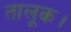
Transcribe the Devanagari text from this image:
तालूक।